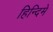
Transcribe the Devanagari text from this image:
हिन्दिमे